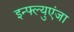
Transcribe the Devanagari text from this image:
इन्फ्ल्युएंजा